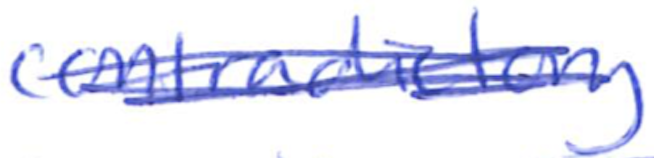
Text: contradictory
Cross-out: scratch
Writing tool: ballpoint